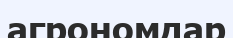
агрономдар